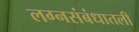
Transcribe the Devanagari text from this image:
लग्नसंबंधातली